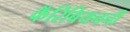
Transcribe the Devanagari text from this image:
कॅरिबियनची